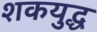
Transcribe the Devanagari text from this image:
शकयुद्ध